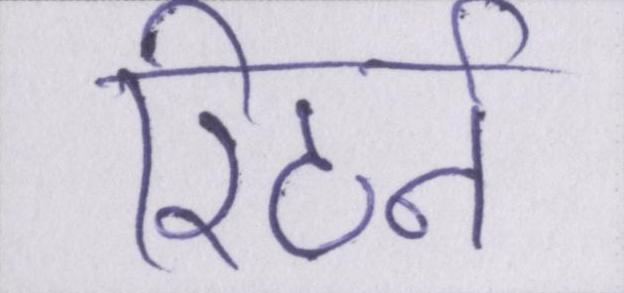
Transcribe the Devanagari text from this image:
रिटर्न